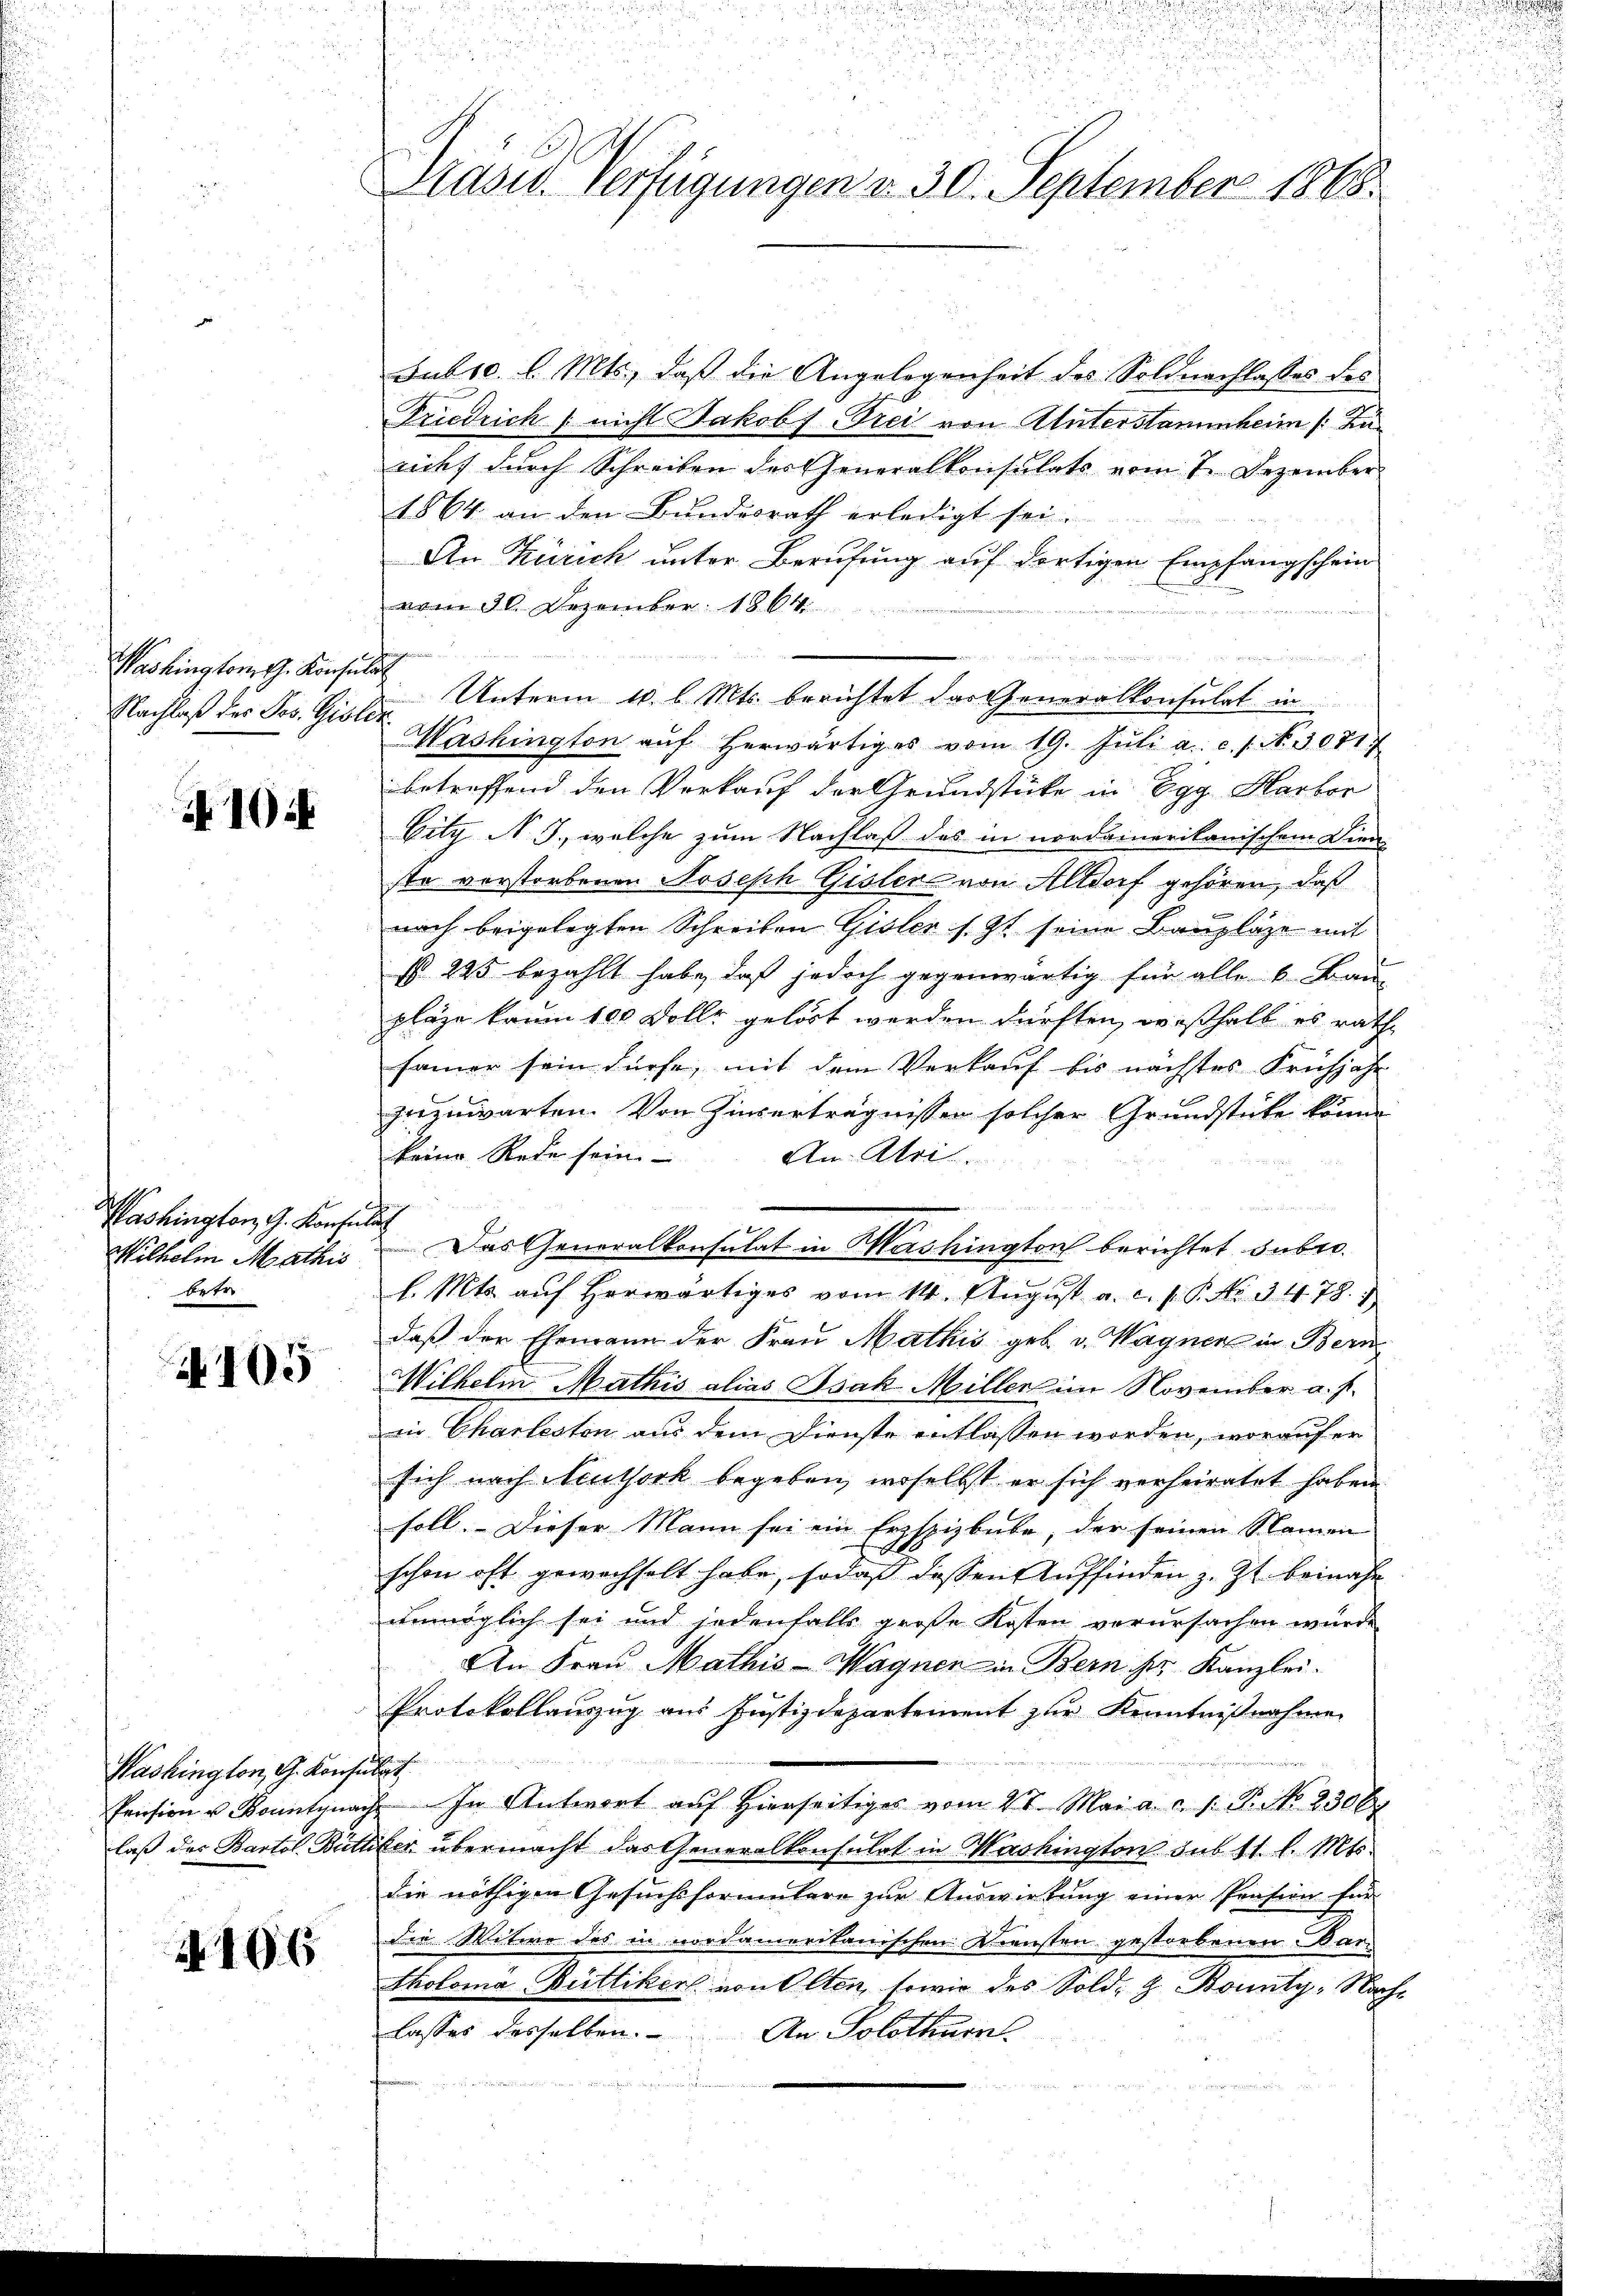
Washington G. Konsulat
Nachlaß der Pos. Gislek

10.

Washington G. Konsen
Milhelm Mathis
betr

N 105

Washington, G. Konse
Pension u Bountyua
laß der Bartol Biete

A 106

u
Präser Verfügungen v. 30. September 1868.

Subsc. l. Mts., daß die Angelegenheit des Soldnachlasses des
Friedrich / nicht Jakob Frei von Unterstammheim (Karicht durch Schreiben der Generalkonsulats vom 7. Dezember
1864 an den Bundesrath erledigt sei.
An Zürich unter Berufung auf dortigen Empfangschein
vom 30. Dezember 1864
e
u
Unterm 10. l. Mts. berichtet das Generalkonsulat in
Washington aŭf herwärtiges vom 19. Jŭli a. c. s. N. 30717
betreffend den Verkauf der Grundstücke in Egg Harbor
bitz N. 3., welche zum Nachlaß das in nordamerikanischem Dien-
ste verstorbenen Joseph Gisler von Altdorf gehören, daß
nach beigelegten Schreiben Gisler s. Zt. seine Baupläge mit
§ 295 bezahlt habe, daß jedoch gegenwärtig für alle v. Bau-
plaze kaum 100 Dolle gelöst werden dürften, weshalb es rath
fammer sein dürfe, mit dem Verkauf bis nächstes Frühjahr
zuzuwarten. Von Zinserträgnissen solcher Grundstücke könne
keine Rede sein.
An Atre.
u
d
.
Das Generalkonsulat in Mashington berichtet subro
l. Mts. auf herwärtiges vom 14. August a. c. s. P. Nr. 3478. 1
daß der Ehemann der Frau Mathis geb. v. Wagner in Bern
Wilhelm Mathis alias Isak Miller im November a. f.
in Charleston aus dem Dienste entlassen worden, worauf er
sich nach Neuthork begeben, woselbst er sich verheiratet haben
soll. Dieser Mann sei ein Erzspizbube, der seinen Namen
ge
schon oft gewechselt habe, sodaß dessen Auffinden z. Zt. beinahe
unmöglich sei und jedenfalls große Kosten vorursachen wurde
An Frau Mathis-Wagner in Bern der Kanzlei.
Protokollauszug aus Justizdepartement zur Kenntnißnahme
u
In Antwort auf Hierseitiges vom 4t. Mai a. c. J. P. No. 23067
Viker übermacht das Generalkonsulat in Washington sub 11 l. Mts.
die nöthigen Gesuchsformulare zur Auswirkung einer Pension für
die Witwe des in nordamerikanischen Diensten gestorbenen Martholoma Büttiker von Olten, sowie des Sold, z. Bounty, Nachlasses desselben. An Solothurn
u